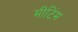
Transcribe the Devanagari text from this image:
मीटिंम